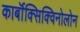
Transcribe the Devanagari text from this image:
कार्बॉक्सिक्विनोलोन